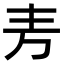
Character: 𫠤